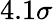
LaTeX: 4.1\sigma